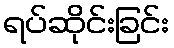
ရပ်ဆိုင်းခြင်း